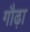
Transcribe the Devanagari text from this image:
गौढ़ा